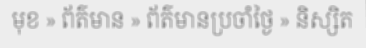
មុខ » ព័ត៌មាន » ព័ត៌មានប្រចាំថ្ងៃ » និស្សិត